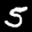
Label: 5